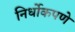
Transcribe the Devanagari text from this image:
निर्धोकपणे